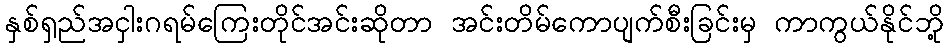
နှစ်ရှည်အငှါးဂရမ်ကြေးတိုင်အင်းဆိုတာ အင်းတိမ်ကောပျက်စီးခြင်းမှ ကာကွယ်နိုင်ဘို့